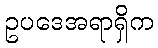
ဥပဒေအရာရှိက